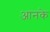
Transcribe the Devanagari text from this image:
आनके